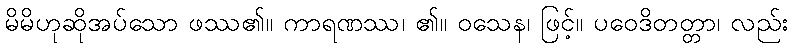
မိမိဟုဆိုအပ်သော ဖဿ၏။ ကာရဏဿ၊ ၏။ ဝသေန၊ ဖြင့်။ ပဝေဒိတတ္တာ၊ လည်း